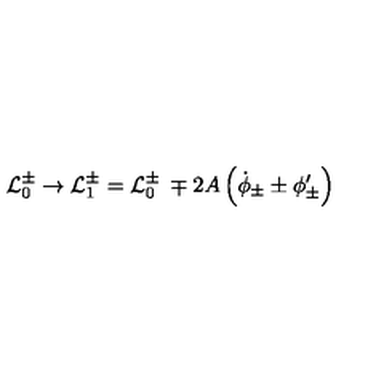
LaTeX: { \cal L } _ { 0 } ^ { \pm } \rightarrow { \cal L } _ { 1 } ^ { \pm } = { \cal L } _ { 0 } ^ { \pm } \: \mp 2 A \left( \dot { \phi } _ { \pm } \pm \phi _ { \pm } ^ { \prime } \right)